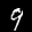
Label: 9